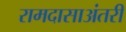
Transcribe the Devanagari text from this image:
रामदासाअंतरी